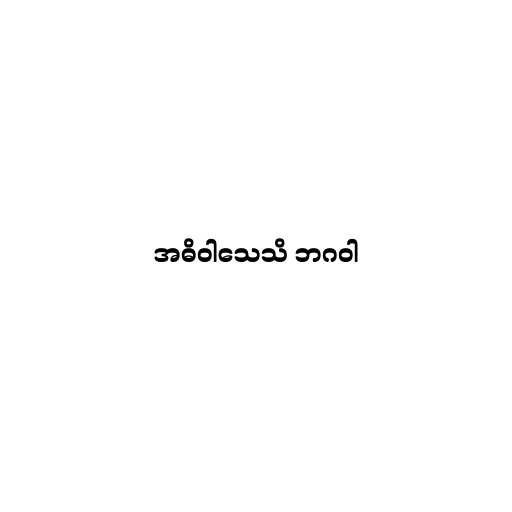
အဓိဝါသေသိ ဘဂဝါ